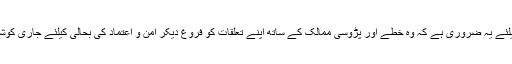
ان حالات میں پاکستان کیلئے یہ ضروری ہے کہ وہ خطے اور پڑوسی ممالک کے ساتھ اپنے تعلقات کو فروغ دیکر امن و اعتماد کی بحالی کیلئے جاری کوششوں کو مزید فروغ دے۔